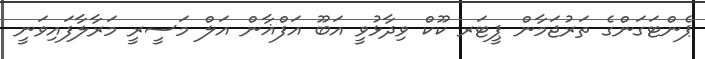
ޕެންޓަގަންގެ ތަރުޖަމާން ޕީޓަރ ކޫކް ވިދާޅުވީ އަބޫ އަފްޣާން އަލް މަސީރީ މަރާލާފައިވަނީ